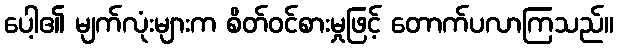
ပေါ့၏ မျက်လုံးများက စိတ်ဝင်စားမှုဖြင့် တောက်ပလာကြသည်။